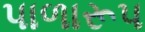
પાળારૂપ